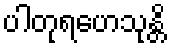
ပါတုရဟေသုန္တိ